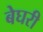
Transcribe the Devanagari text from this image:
बेघरी